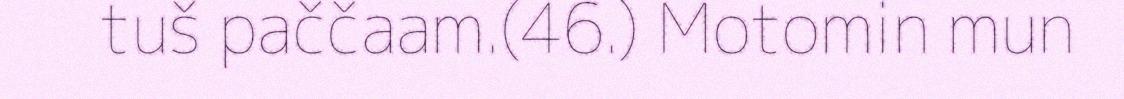
tuš paččaam.(46.) Motomin mun